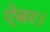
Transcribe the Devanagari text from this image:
ऐबर।